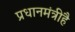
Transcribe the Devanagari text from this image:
प्रधानमंत्रीहै